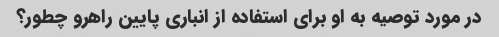
در مورد توصیه به او برای استفاده از انباری پایین راهرو چطور؟